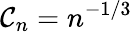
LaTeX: \mathcal{C}_{n}=n^{-1/3}